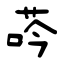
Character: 荶